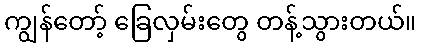
ကျွန်တော့် ခြေလှမ်းတွေ တန့်သွားတယ်။